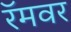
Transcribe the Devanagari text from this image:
रॅमवर